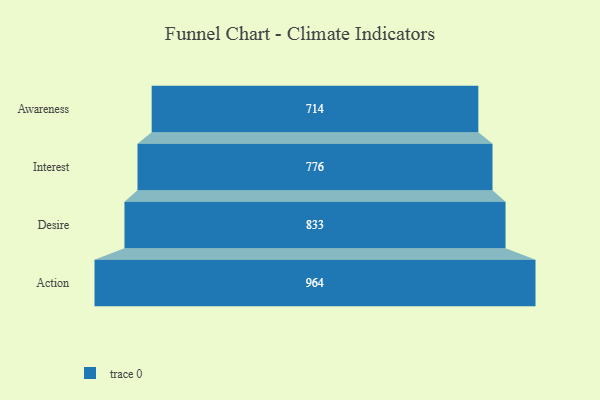
{"axis": {"x": "Stage", "y": "Value"}, "legend": [""], "data": [{"x": "Awareness", "y": 714.0, "type": ""}, {"x": "Interest", "y": 776.0, "type": ""}, {"x": "Desire", "y": 833.0, "type": ""}, {"x": "Action", "y": 964.0, "type": ""}]}